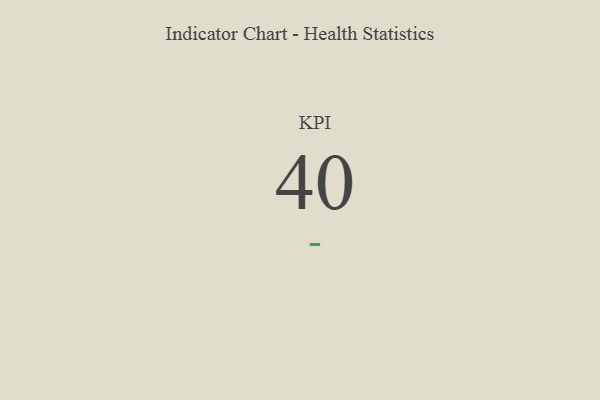
{"axis": {"x": "KPI", "y": "Value"}, "legend": [""], "data": [{"x": "KPI", "y": 40, "type": ""}]}